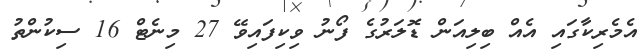
އެމެރިކާގައި އެއް ބިލިއަން ޑޮލަރުގެ ފޯނު ވިކިފައިވޭ 27 މިނެޓް 16 ސިކުންތު